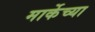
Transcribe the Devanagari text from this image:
मार्केच्या